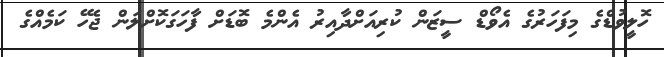
ހޮލީވުޑްގެ މިފަހަރުގެ އެވޯޑް ސީޒަން ކުރިއަށްދާއިރު އެންމެ ބޮޑަށް ފާހަގަކޮށްލަން ޖެހޭ ކަމެއްގެ